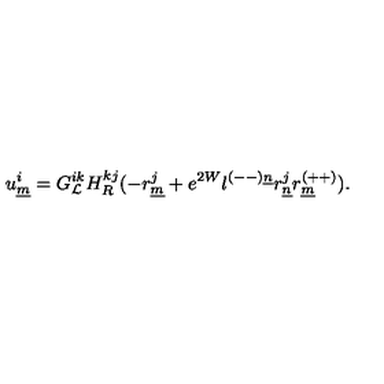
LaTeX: u _ { \underline { { m } } } ^ { i } = G _ { { \cal L } } ^ { i k } H _ { R } ^ { k j } ( - r _ { \underline { { m } } } ^ { j } + e ^ { 2 W } l ^ { ( -- ) \underline { { n } } } r _ { \underline { { n } } } ^ { j } r _ { \underline { { m } } } ^ { ( + + ) } ) .